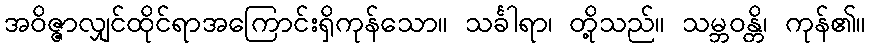
အဝိဇ္ဇာလျှင်ထိုင်ရာအကြောင်းရှိကုန်သော။ သင်္ခါရာ၊ တို့သည်။ သမ္ဘဝန္တိ၊ ကုန်၏။